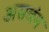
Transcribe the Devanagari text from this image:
असवंग